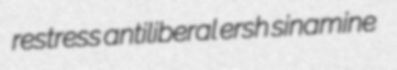
restress antiliberal ersh sinamine